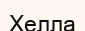
Хелла